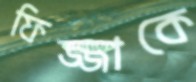
ফিজ্জাকে